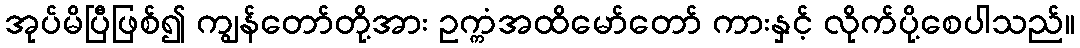
အုပ်မိပြီဖြစ်၍ ကျွန်တော်တို့အား ဥက္ကံအထိမော်တော် ကားနှင့် လိုက်ပို့စေပါသည်။